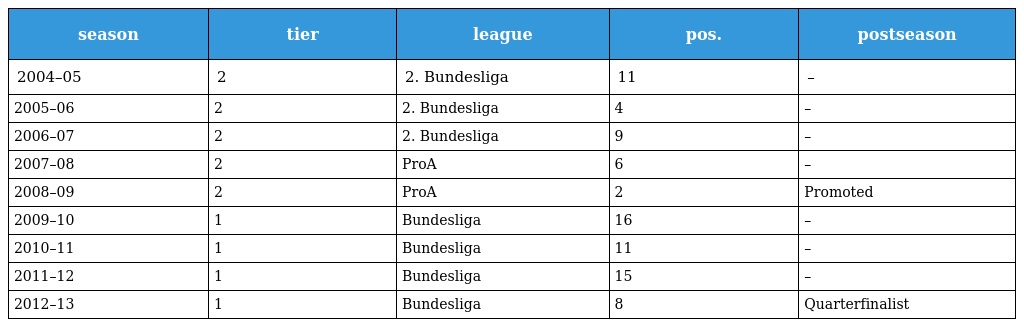
| season | tier | league | pos. | postseason |
 | --- | --- | --- | --- | --- |
 | 2004–05 | 2 | 2. Bundesliga | 11 | – |
 | 2005–06 | 2 | 2. Bundesliga | 4 | – |
 | 2006–07 | 2 | 2. Bundesliga | 9 | – |
 | 2007–08 | 2 | ProA | 6 | – |
 | 2008–09 | 2 | ProA | 2 | Promoted |
 | 2009–10 | 1 | Bundesliga | 16 | – |
 | 2010–11 | 1 | Bundesliga | 11 | – |
 | 2011–12 | 1 | Bundesliga | 15 | – |
 | 2012–13 | 1 | Bundesliga | 8 | Quarterfinalist |